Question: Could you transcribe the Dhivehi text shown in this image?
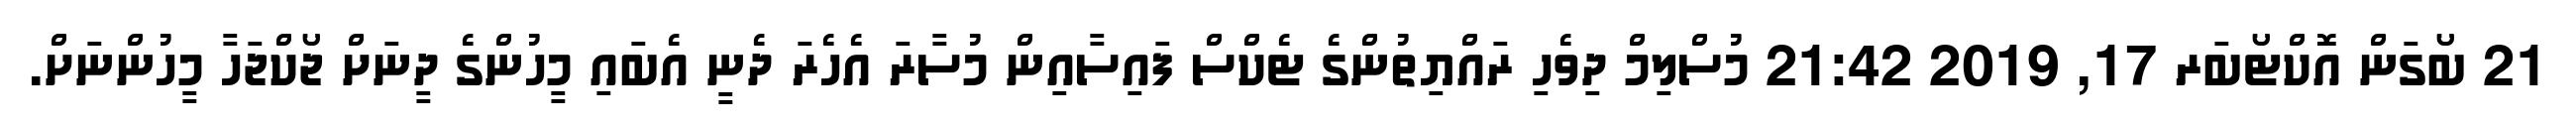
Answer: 21 ބޯގަން އޮކްޓޯބަރ 17, 2019 21:42 މުސްލިމް ދިވެހި ރައްޔިތުންގެ ޓެކްސް ފައިސާއިން މުސާރަ އެހެރަ ދެނީ އެބައި މީހުންގެ ދީނަށް ޖޯކްޖަހާ މީހުންނަށް.